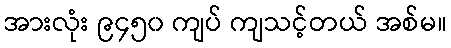
အားလုံး ၉၄၅၀ ကျပ် ကျသင့်တယ် အစ်မ။